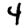
Digit: 4